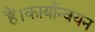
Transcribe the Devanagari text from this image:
हैं।कार्यान्वयन